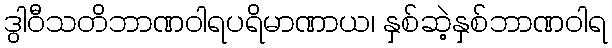
ဒွါဝီသတိဘာဏဝါရပရိမာဏာယ၊ နှစ်ဆဲ့နှစ်ဘာဏဝါရ